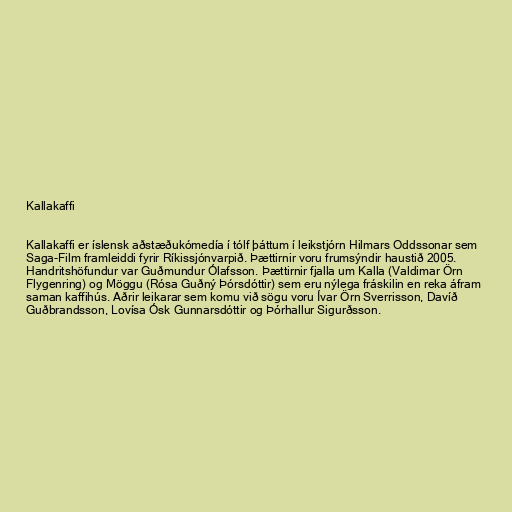
Kallakaffi

Kallakaffi er íslensk aðstæðukómedía í tólf þáttum í leikstjórn Hilmars Oddssonar sem
Saga-Film framleiddi fyrir Ríkissjónvarpið. Þættirnir voru frumsýndir haustið 2005.
Handritshöfundur var Guðmundur Ólafsson. Þættirnir fjalla um Kalla (Valdimar Örn
Flygenring) og Möggu (Rósa Guðný Þórsdóttir) sem eru nýlega fráskilin en reka áfram
saman kaffihús. Aðrir leikarar sem komu við sögu voru Ívar Örn Sverrisson, Davíð
Guðbrandsson, Lovísa Ósk Gunnarsdóttir og Þórhallur Sigurðsson.